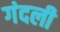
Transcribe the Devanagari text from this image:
गंदली